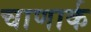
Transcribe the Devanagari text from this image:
चाणार्क